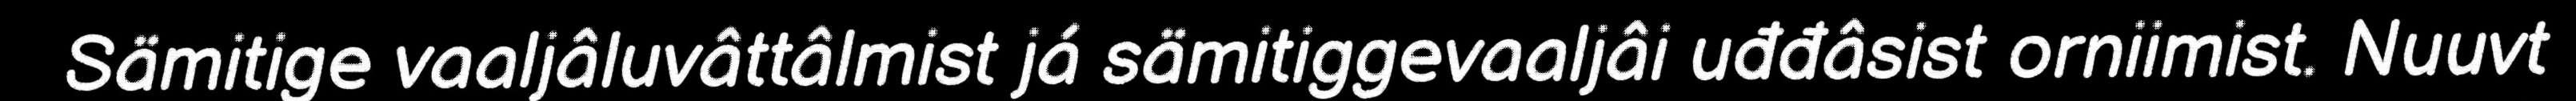
Sämitige vaaljâluvâttâlmist já sämitiggevaaljâi uđđâsist orniimist. Nuuvt